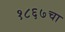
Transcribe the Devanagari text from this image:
१८६७चा